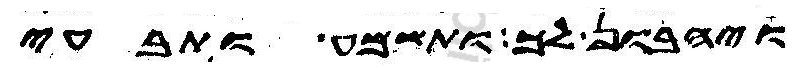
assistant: ויהבון לך ותשמע ותבעי